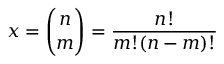
x = { \binom { n } { m } } = { \frac { n ! } { m ! ( n - m ) ! } }